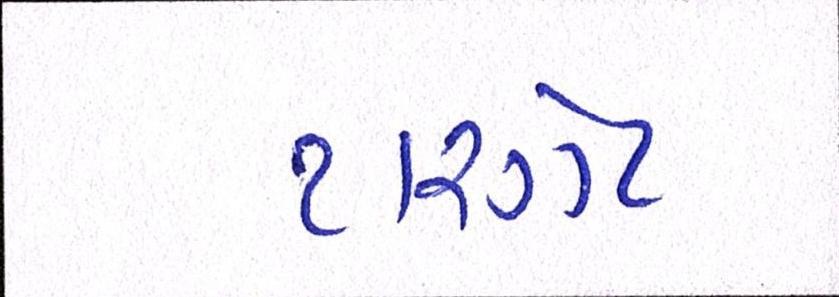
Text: ટારગેટ